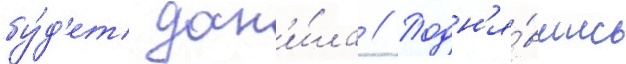
бу́д'ет дан'и́ла // Подн'я́вшись